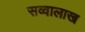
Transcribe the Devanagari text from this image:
सव्वालाख